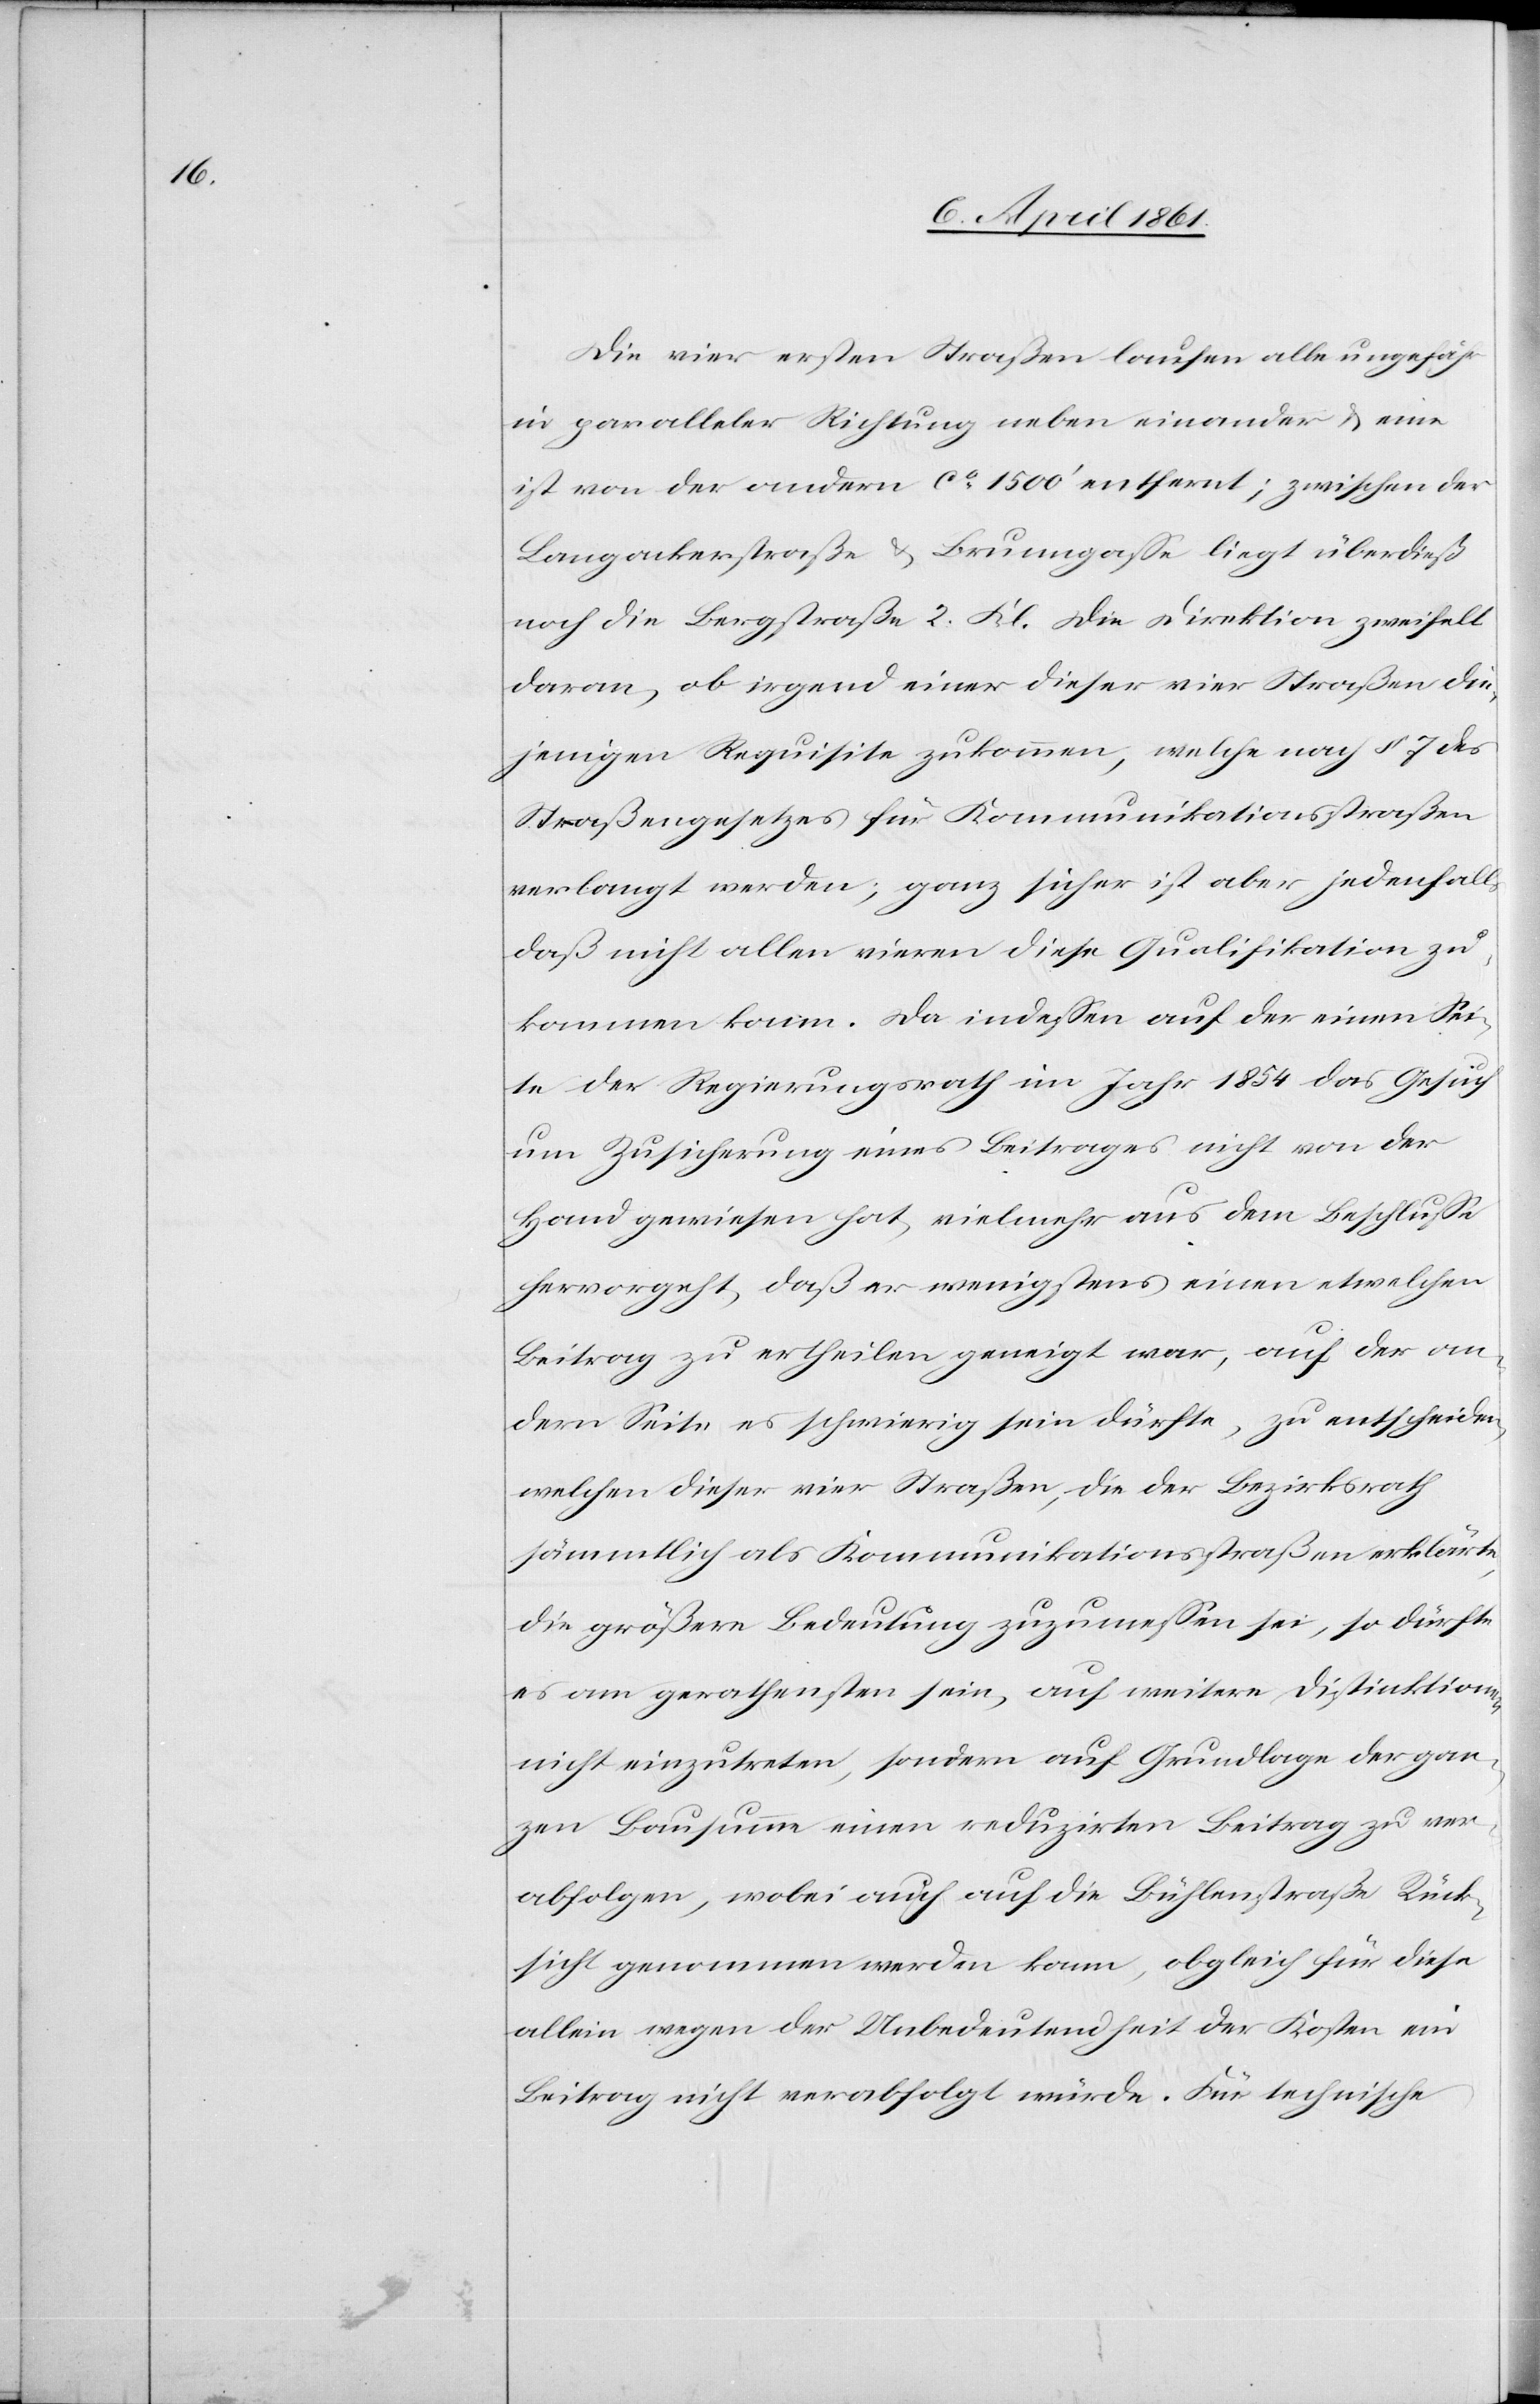
Die vier ersten Straßen laufen alle ungefähr
in paralleler Richtung neben einander u. eine
ist von der andern ca 1500’ entfernt; zwischen der
Langackerstraße u. Brunngasse liegt überdieß
noch die Bergstraße 2. Kl. Die Direktion zweifelt
daran, ob irgend einer dieser vier Straßen die¬
jenigen Requisite zukommen, welche nach § 7 des
Straßengesetzes für Kommunikationsstraßen
verlangt werden; ganz sicher ist aber jedenfalls,
daß nicht allen vieren diese Qualifikation zu¬
kommen kann. Da indessen auf der einen Sei¬
te der Regierungsrath im Jahr 1854 das Gesuch
um Zusicherung eines Beitrages nicht von der
Hand gewiesen hat, vielmehr aus dem Beschlusse
hervorgeht, daß er wenigstens einen etwelchen
Betrag zu ertheilen geneigt war, auf der an¬
dern Seite es schwierig sein dürfte, zu entscheiden,
welchen dieser vier Straßen, die der Bezirksrath
sämmtlich als Kommunikationsstraßen erklärte,
die größere Bedeutung zu messen sei, so dürfte
es am gerathensten sein, auf weitere Distinktionen
nicht einzutreten, sondern auf Grundlage der gan¬
zen Bausumme einen reduzirten Beitrag zu ver¬
abfolgen, wobei auch auf die Bühlenstraße Rück¬
sicht genommen werden kann, obgleich für diese
allein wegen der Unbedeutendheit der Kosten ein
Beitrag nicht verabfolgt würde. Für technische